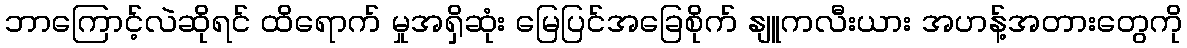
ဘာကြောင့်လဲဆိုရင် ထိရောက် မှုအရှိဆုံး မြေပြင်အခြေစိုက် နျူကလီးယား အဟန့်အတားတွေကို